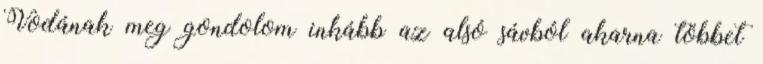
Vodának meg gondolom inkább az alsó sávból akarna többet